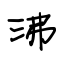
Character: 沸